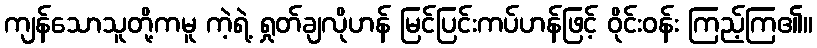
ကျန်သောသူတို့ကမူ ကဲ့ရဲ့ ရှုတ်ချလိုဟန် မြင်ပြင်းကပ်ဟန်ဖြင့် ဝိုင်းဝန်း ကြည့်ကြ၏။